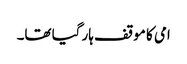
امی کا موقف ہار گیا تھا۔